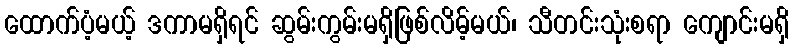
ထောက်ပံ့မယ့် ဒကာမရှိရင် ဆွမ်းကွမ်းမရှိဖြစ်လိမ့်မယ်၊ သီတင်းသုံးစရာ ကျောင်းမရှိ